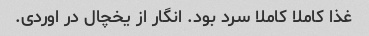
غذا کاملا کاملا سرد بود. انگار از یخچال در اوردی.